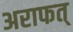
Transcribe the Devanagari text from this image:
अराफत्